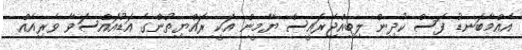
އެއްމާބަނޑު ފަސް ކުދިން ލިބިއްޖެރައީސް ޔާމީން އަކީ ރައްޔިތުންގެ އަޑުއައްސަވާ ވެރިއެއް